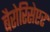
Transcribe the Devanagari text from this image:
बैरोरिसेप्टर